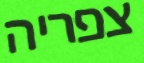
צפריה